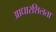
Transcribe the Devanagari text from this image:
आधारशिलता